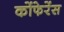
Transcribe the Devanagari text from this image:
कोंफेरेंस